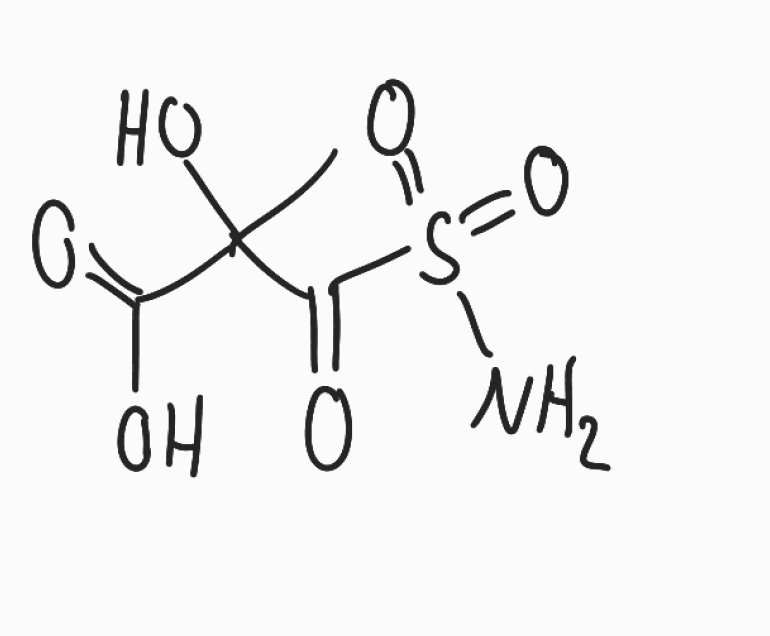
Simplified molecular-input line-entry system (SMILES) notation of the given molecule:
CC(C(=O)O)(C(=O)S(=O)(=O)N)O